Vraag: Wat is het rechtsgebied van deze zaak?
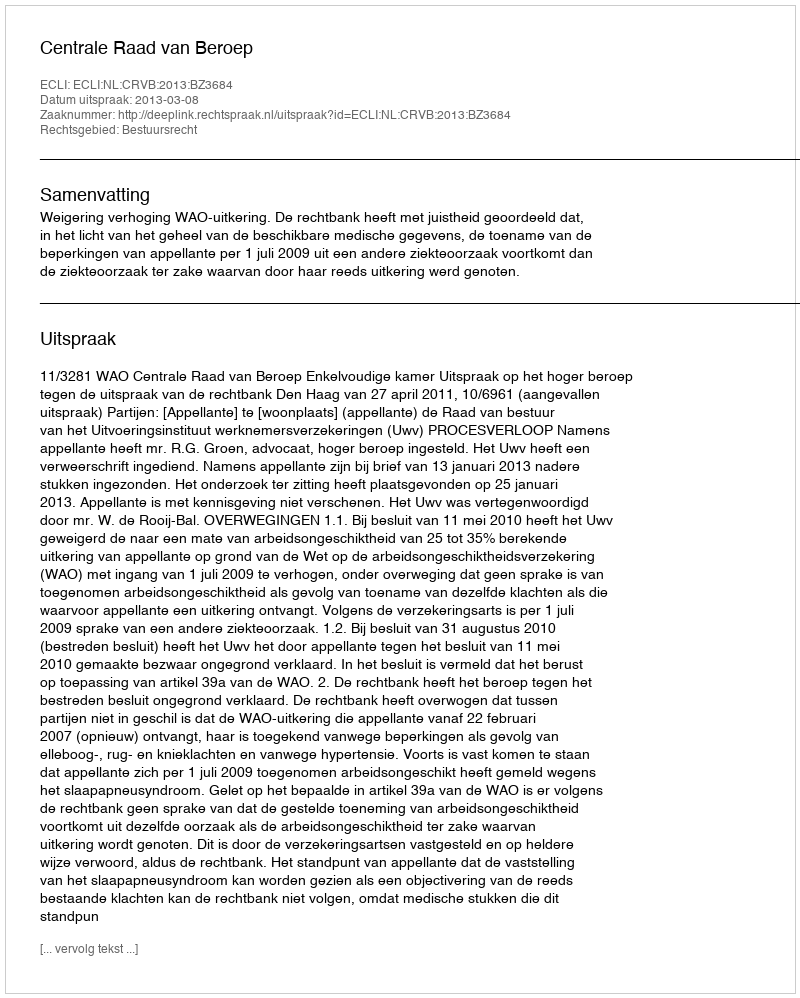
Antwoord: Bestuursrecht